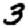
Digit: 3